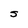
Character: S